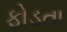
ફોડતા